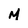
Character: M